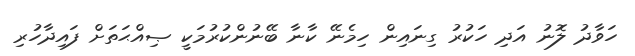
ހަވާދު ލޮނު އަދި ހަކުރު ގިނައިން ހިމެނޭ ކާނާ ބޭނުންކުރުމަކީ ޞިއްޙަތަށް ފައިދާހުރި